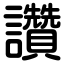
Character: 讚